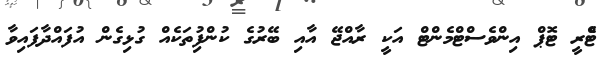
ޓްެރީ ޓޮޕް އިންވެސްޓްމެންޓް އަކީ ރާއްޖޭ އާއި ބޭރުގެ ކުންފުިތަކެއް ގުޅިގެން އުފައްދާފައިވާ